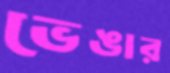
ভেঙার